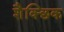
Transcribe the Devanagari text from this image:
शैक्छिक